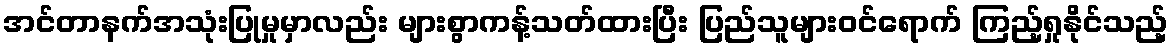
အင်တာနက်အသုံးပြုမှုမှာလည်း များစွာကန့်သတ်ထားပြီး ပြည်သူများဝင်ရောက် ကြည့်ရှုနိုင်သည့်